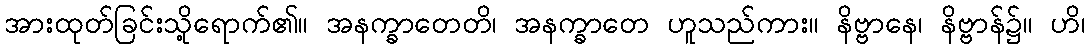
အားထုတ်ခြင်းသို့ရောက်၏။ အနက္ခာတေတိ၊ အနက္ခာတေ ဟူသည်ကား။ နိဗ္ဗာနေ၊ နိဗ္ဗာန်၌။ ဟိ၊